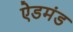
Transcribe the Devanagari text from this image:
ऐडमंड